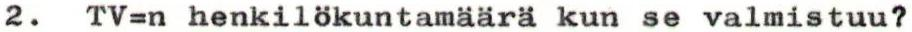
2. TV=n henkilökuntamäärä kun se valmistuu?